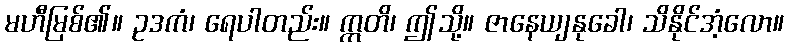
မဟီမြစ်၏။ ဥဒကံ၊ ရေပါတည်း။ ဣတိ၊ ဤသို့။ ဇာနေယျနုခေါ၊ သိနိုင်အံ့လော။